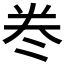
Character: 𭑊